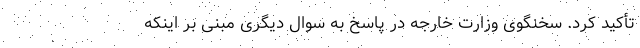
تأکید کرد. سخنگوی وزارت خارجه در پاسخ به سوال دیگری مبنی بر اینکه